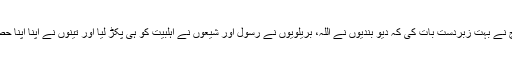
لیاقت بلوچ نے بہت زبردست بات کی کہ دیو بندیوں نے اللہ، بریلویوں نے رسول اور شیعوں نے اہلبیت کو ہی پکڑ لیا اور تینوں نے اپنا اپنا حصار بنا لیا۔